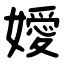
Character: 嬡